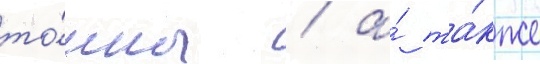
то́нны / а́ та́кже